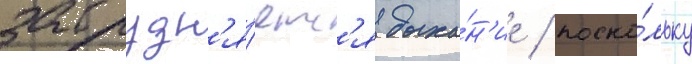
затрудн'я́етс'я дыха́н'ие / поско́льку